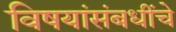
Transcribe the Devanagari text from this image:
विषयांसंबधींचे